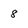
Character: 8